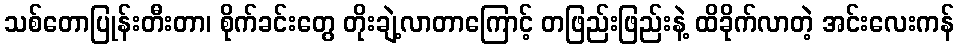
သစ်တောပြုန်းတီးတာ၊ စိုက်ခင်းတွေ တိုးချဲ့လာတာကြောင့် တဖြည်းဖြည်းနဲ့ ထိခိုက်လာတဲ့ အင်းလေးကန်